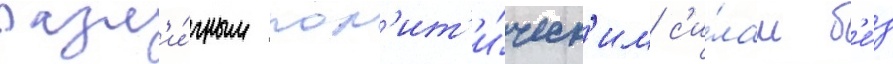
разл'и́чным пол'ит'и́ческ'им с'и́лам б'е́з